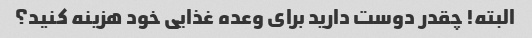
البته! چقدر دوست دارید برای وعده غذایی خود هزینه کنید؟